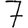
Digit: 7